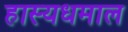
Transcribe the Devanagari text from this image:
हास्यधमाल